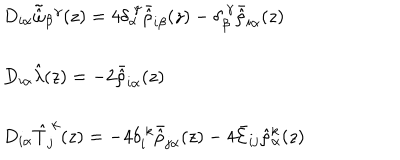
LaTeX: \begin{array} { l } { { D _ { i \alpha } \tilde { \hat { \omega } } _ { \beta } { } ^ { \gamma } ( z ) = 4 \delta _ { \alpha } ^ { ~ \gamma } \bar { \hat { \rho } } _ { i \beta } ( z ) - \delta _ { \beta } ^ { ~ \gamma } \bar { \hat { \rho } } _ { i \alpha } ( z ) } } \\ { { { } } } \\ { { D _ { i \alpha } \hat { \lambda } ( z ) = - 2 \bar { \hat { \rho } } _ { i \alpha } ( z ) } } \\ { { { } } } \\ { { D _ { i \alpha } \hat { T } _ { j } ^ { ~ k } ( z ) = - 4 \delta _ { i } ^ { ~ k } \bar { \hat { \rho } } _ { j \alpha } ( z ) - 4 \bar { \cal E } _ { i j } \hat { \rho } { } _ { \alpha } ^ { k } ( z ) } } \\ \end{array}